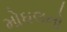
મોઘલનો